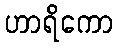
ဟာရိကော